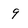
Character: 9